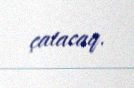
çatacaq.